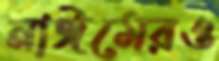
নাঈমেরও